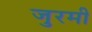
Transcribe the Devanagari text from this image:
जुरमी